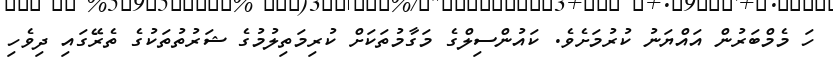
ހަ މެމްބަރުން އައްޔަނު ކުރުމަށެވެ. ކައުންސިލްގެ މަގާމުތަކަށް ކުރިމަތިލުމުގެ ޝަރުތުތަކުގެ ތެރޭގައި ދިވެހި